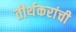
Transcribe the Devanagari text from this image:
तीर्थकरांची